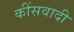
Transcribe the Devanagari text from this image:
कींसवादी